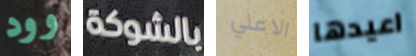
وود بالشوكة الاعلي اعيدها